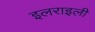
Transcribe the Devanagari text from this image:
इलराइली